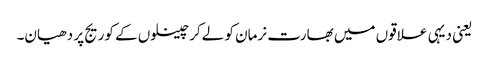
یعنی دیہی علاقوں میں بھارت نرمان کو لےکر چینلوں کے کوریج پر دھیان۔